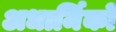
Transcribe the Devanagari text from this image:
अधार्मिकों